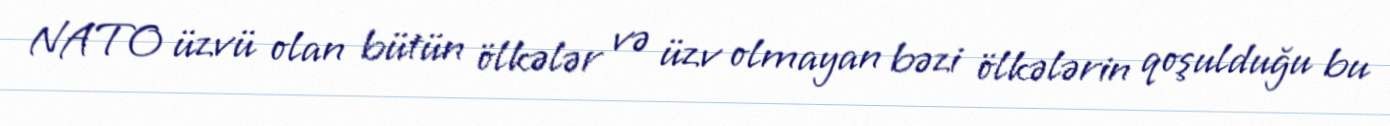
NATO üzvü olan bütün ölkələr və üzv olmayan bəzi ölkələrin qoşulduğu bu